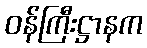
ဝန်ကြီးဋ္ဌာနက